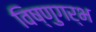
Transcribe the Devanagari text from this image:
विष्णुगर्भ